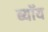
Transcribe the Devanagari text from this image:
ब्यॉय